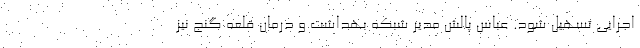
اجرایی تسهیل شود. عباس پالش مدیر شبکه بهداشت و درمان قلعه گنج نیز